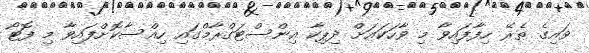
ވައިގެ ތެރޭ ހިފާފައިވާ މި ވާހަކައަށް ދިޕިކާ އިންސްޓަގްރާމްގައި ހިއްސާކޮށްފައިވާ މި ފޮޓޯ